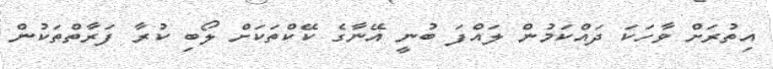
އިތުރަށް ވާހަކަ ދައްކަމުން ލައްފަ ބުނީ އޭނާގެ ކޭކްތަކަށް ލޯބި ކުރާ ފަރާތްތަކުން